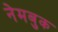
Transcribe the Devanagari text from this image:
नेमबुक